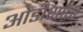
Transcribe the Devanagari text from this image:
ओडीशाची